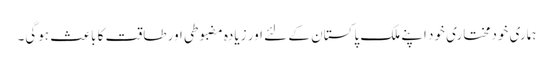
ہماری خودمختاری خود اپنے ملک پاکستان کے لئے اور زیادہ مضبوطی اور طاقت کا باعث ہوگی۔